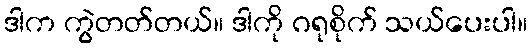
ဒါက ကွဲတတ်တယ်။ ဒါကို ဂရုစိုက် သယ်ပေးပါ။